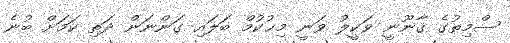
ސްމިތުގެ ޤާނޫނީ ވަކީލު ވަނީ މިޙުކުމް ބަލައި ގަންނަން ދަތި ކަމަށް ބުނެ